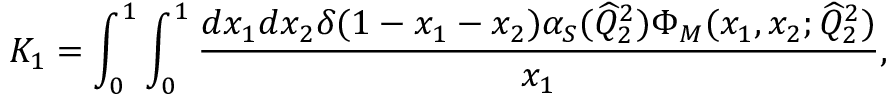
K _ { 1 } = \int _ { 0 } ^ { 1 } \int _ { 0 } ^ { 1 } \frac { d x _ { 1 } d x _ { 2 } \delta ( 1 - x _ { 1 } - x _ { 2 } ) \alpha _ { S } ( \widehat { Q } _ { 2 } ^ { 2 } ) \Phi _ { M } ( x _ { 1 } , x _ { 2 } ; \widehat { Q } _ { 2 } ^ { 2 } ) } { x _ { 1 } } ,